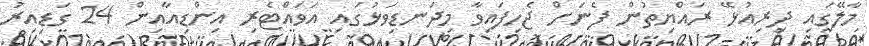
މާލޭގައި ދިރިއުޅޭ ރައްޔިތުން ފެނަށް ޖެހިފައިވާ މިދަނޑިވަޅުގައި އަވައްޓެރި އިންޑިއާއިން 24 ގަޑިއިރު